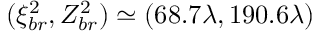
( \xi _ { b r } ^ { 2 } , Z _ { b r } ^ { 2 } ) \simeq ( 6 8 . 7 \lambda , 1 9 0 . 6 \lambda )